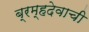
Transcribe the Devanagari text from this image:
ब्रम्हदेवाची